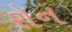
રોન